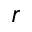
r